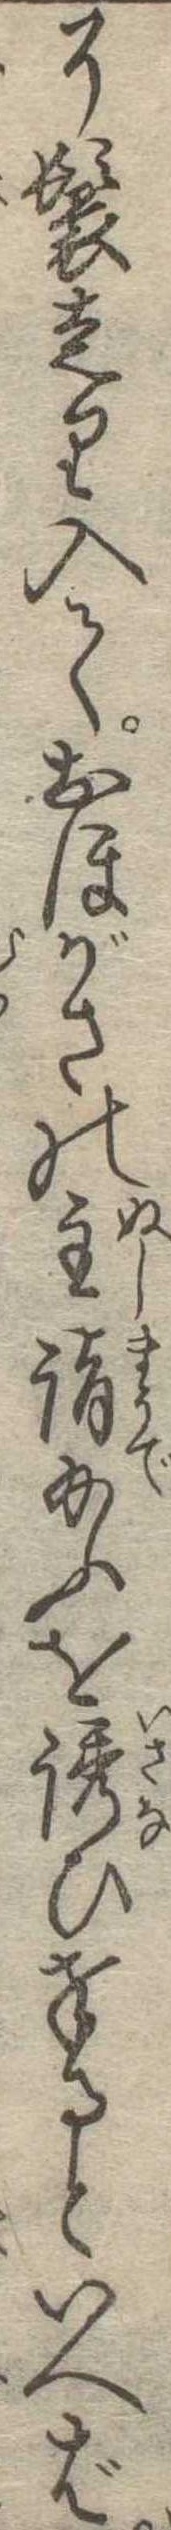
了鬟走り入ておほがさの主詣給ふを誘ひ奉るといへば